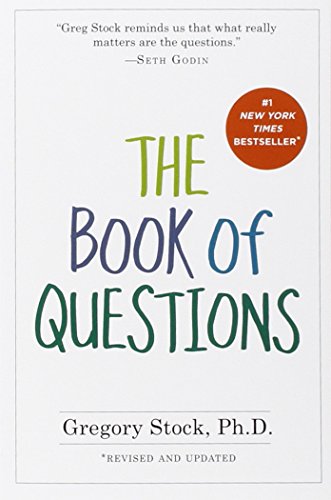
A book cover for The Book of Questions: Revised and Updated; Gregory Stock Ph.D.; Humor & Entertainment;